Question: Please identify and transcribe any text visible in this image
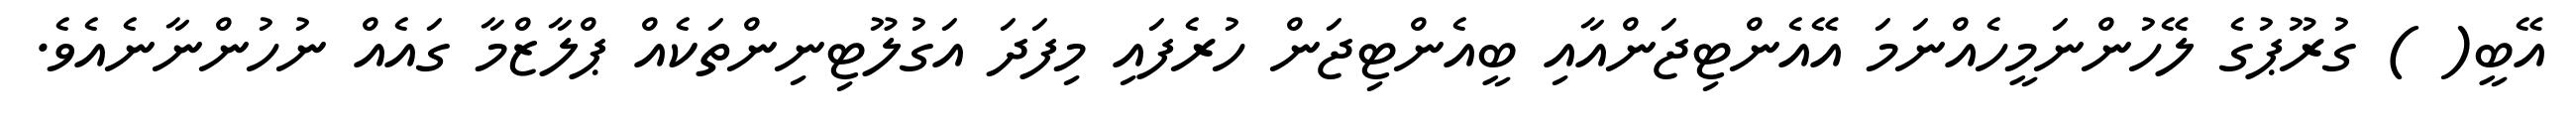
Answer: އޭބީ( ) ގުރޫޕުގެ ލޭހުންނަމީހެއްނަމަ އޭއެންޓިޖަންއާއި ބީއެންޓިޖަން ހުރެފައި މިފަދަ އަގުލޫޓިނިންތަކެއް ޕްލާޒްމާ ގައެއް ނުހުންނާނެއެވެ.